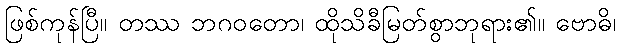
ဖြစ်ကုန်ပြီ။ တဿ ဘဂဝတော၊ ထိုသိခီမြတ်စွာဘုရား၏။ ဗောဓိ၊